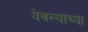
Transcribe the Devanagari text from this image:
येवल्याच्या